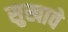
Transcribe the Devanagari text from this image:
सुखावे